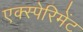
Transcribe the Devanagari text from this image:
एक्स्पेरिमेंट